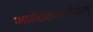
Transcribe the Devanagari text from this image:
आईएसआईएल्